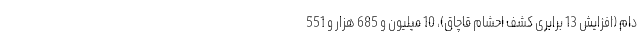
دام (افزایش 13 برابری کشف احشام قاچاق)، 10 میلیون و 685 هزار و 551